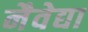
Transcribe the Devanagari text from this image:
नैवेद्या